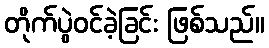
တိုက်ပွဲဝင်ခဲ့ခြင်း ဖြစ်သည်။